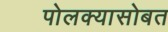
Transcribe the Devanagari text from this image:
पोलक्यासोबत